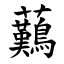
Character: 䕿